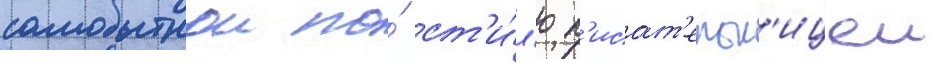
самобытнои по́ ст'и́л'ю п'исат'ельн'ицеи